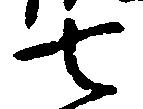
七